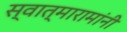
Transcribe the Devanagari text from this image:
स्वात्मारामांनी